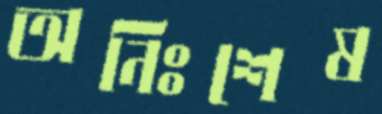
অনিঃশেষ